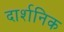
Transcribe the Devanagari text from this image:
दार्शनिक